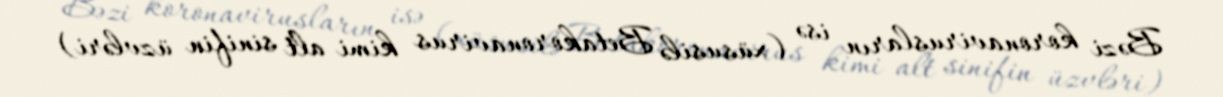
Bəzi koronavirusların isə (xüsusilə Betakoronavirus kimi alt sinifin üzvləri)